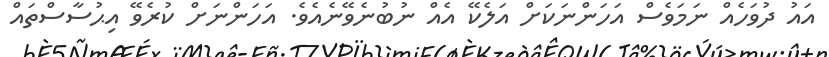
އައު ދުވަހެއް ނަމަވެސް އަހަންނަކަށް އަލެކޭ އެއް ނުބުނެވޭނެއެވެ. އަހަންނަށް ކުރެވޭ އިޙުސާސްތައް